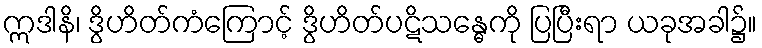
ဣဒါနိ၊ ဒွိဟိတ်ကံကြောင့် ဒွိဟိတ်ပဋိသန္ဓေကို ပြပြီးရာ ယခုအခါ၌။